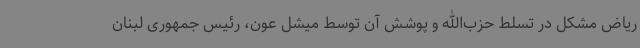
ریاض مشکل در تسلط حزب‌الله و پوشش آن توسط میشل عون، رئیس جمهوری لبنان